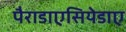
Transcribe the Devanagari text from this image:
पैराडाएसियेडाए